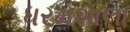
ધરમશાલા